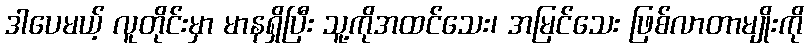
ဒါပေမယ့် လူတိုင်းမှာ မာနရှိပြီး သူ့ကိုအထင်သေး၊ အမြင်သေး ဖြစ်လာတာမျိုးကို